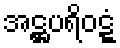
အဋ္ဌပရိဝဋ္ဋံ